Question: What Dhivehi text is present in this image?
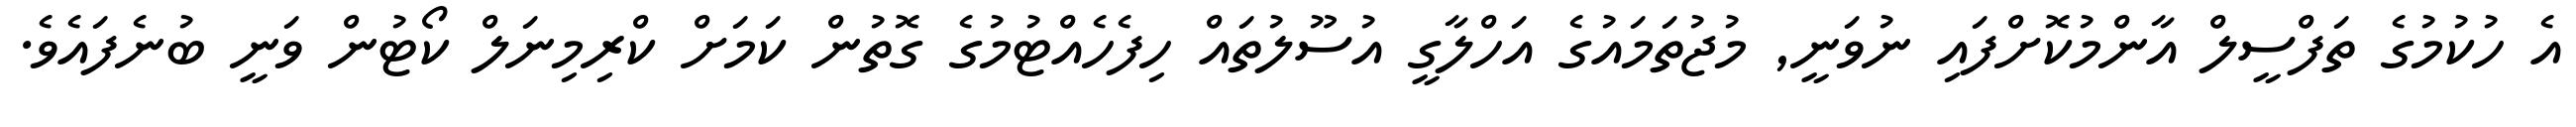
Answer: އެ ހުކުމުގެ ތަފްސީލް އާންމުކޮށްފައި ނުވަނީ, މުޖުތަމައުގެ އަހްލާގީ އުސޫލުތައް ހިފެހެއްޓުމުގެ ގޮތުން ކަމަށް ކްރިމިނަލް ކޯޓުން ވަނީ ބުނެފައެވެ.